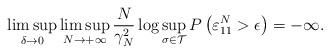
LaTeX: \begin{align*}\limsup_{\delta\rightarrow 0}\limsup_{N\rightarrow+\infty}\frac{N}{\gamma_N^2}\log\sup_{\sigma\in \mathcal{T}}P\left(\varepsilon_{11}^N>\epsilon\right)=-\infty.\end{align*}